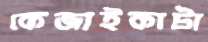
কেজাইকাটা